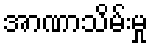
အာဏာသိမ်းမှု